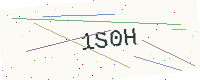
Text: 1S0H